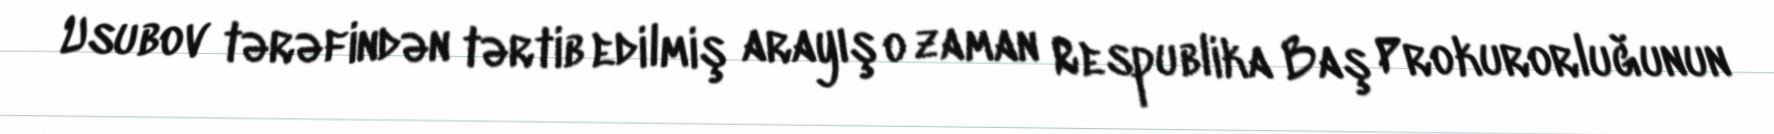
Usubov tərəfindən tərtib edilmiş arayış o zaman Respublika Baş Prokurorluğunun